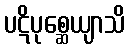
ပဋိပုစ္ဆေယျာသိ